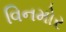
વિનમોર